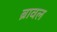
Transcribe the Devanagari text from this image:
ब्रावल